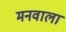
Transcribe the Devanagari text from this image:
मनवाला